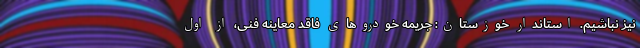
نیز نباشیم. استاندار خوزستان: جریمه خودروهای فاقد معاینه فنی، از اول